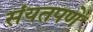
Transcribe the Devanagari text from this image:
संयतपणे